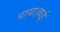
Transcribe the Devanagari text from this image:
पाया।कई